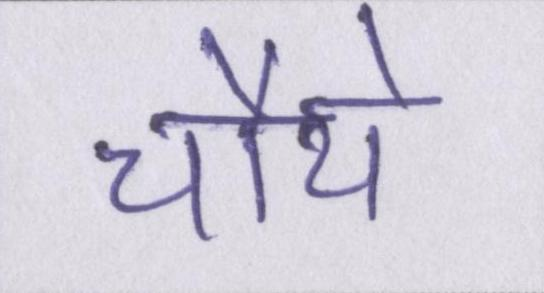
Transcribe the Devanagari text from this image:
चौथे